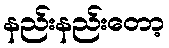
နည်းနည်းတော့